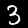
Label: 3